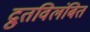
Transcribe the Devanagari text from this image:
द्रुतविलंबित